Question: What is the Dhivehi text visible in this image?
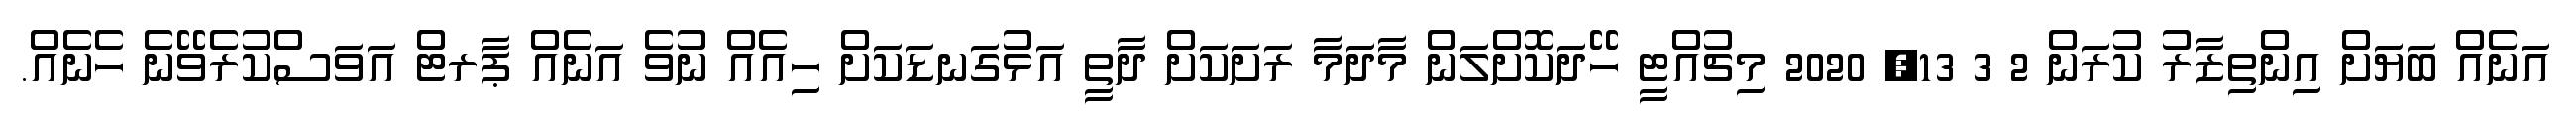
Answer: އަނެއް ބަޔަށް އިންތިޒާރު ކުރަން 2 3 13, 2020 މިޗުއްޓީ ހޭދަކޮށްލަން މާދަމާ ރަށަކަށް ދާތީ އަޅުގަނޑަކަށް ހިއެއް ނުވެ އަނެއް ޕާރޓް އަވަސްކުރެވޭނެ ހެނެއް.